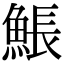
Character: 𩸕